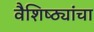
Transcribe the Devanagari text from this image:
वैशिष्ठ्यांचा